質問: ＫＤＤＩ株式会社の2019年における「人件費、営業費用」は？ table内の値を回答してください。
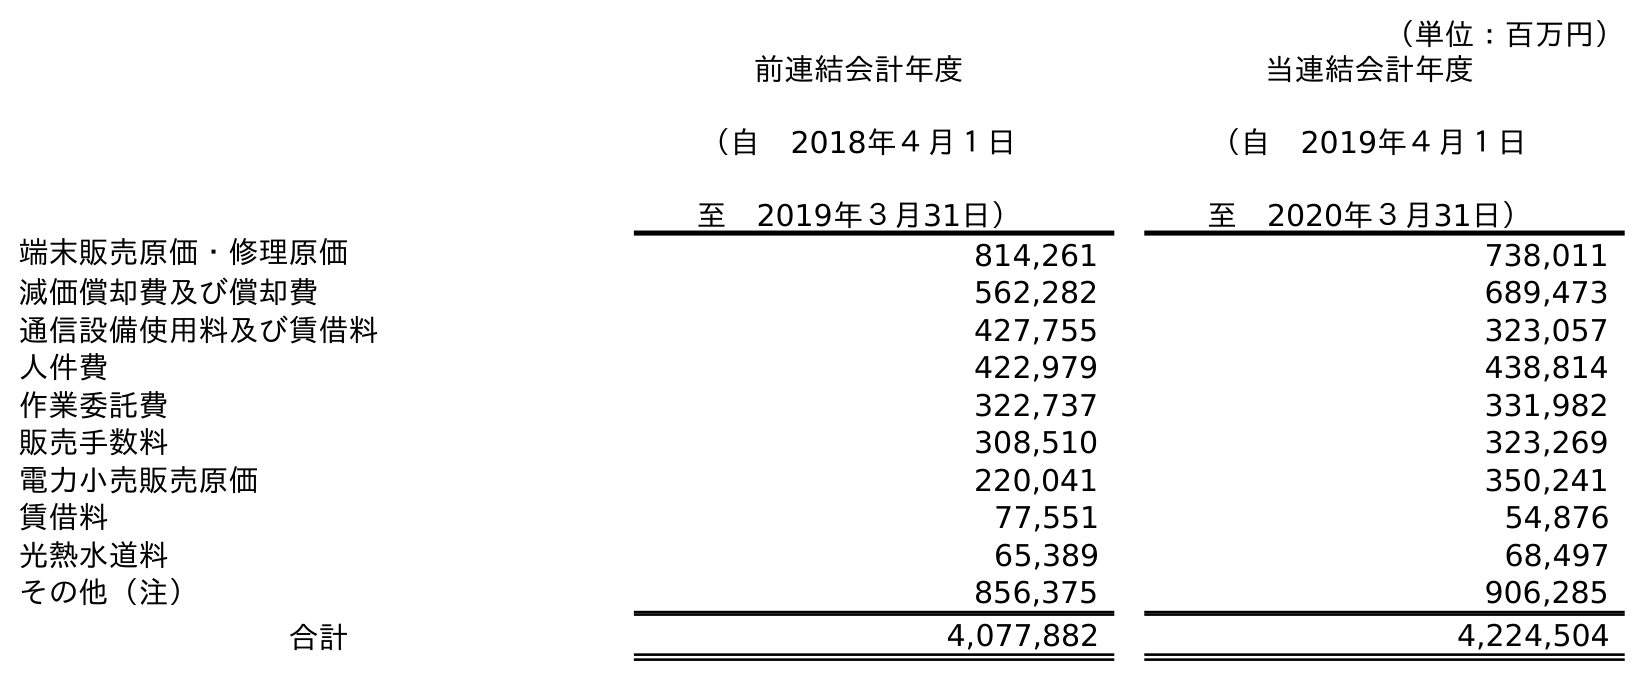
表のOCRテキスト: （単位：百万円） 前連結会計年度 （自 2018年４月１日 至 2019年３月31日） 当連結会計年度 （自 2019年４月１日 至 2020年３月31日） 端末販売原価・修理原価 814,261 738,011 減価償却費及び償却費 562,282 689,473 通信設備使用料及び賃借料 427,755 323,057 人件費 422,979 438,814 作業委託費 322,737 331,982 販売手数料 308,510 323,269 電力小売販売原価 220,041 350,241 賃借料 77,551 54,876 光熱水道料 65,389 68,497 その他（注） 856,375 906,285 合計 4,077,882 4,224,504
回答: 422,979